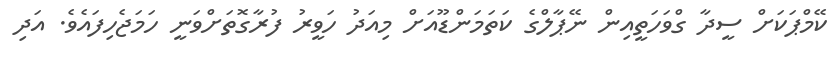
ކޭމްޕަކަށް ސީދާ ގްވަހަތީއިން ނޭޕާލްގެ ކަތަމަންޑޫއަށް މިއަދު ހަވީރު ފުރާގޮތަށްވަނީ ހަމަޖެހިފައެވެ. އަދި